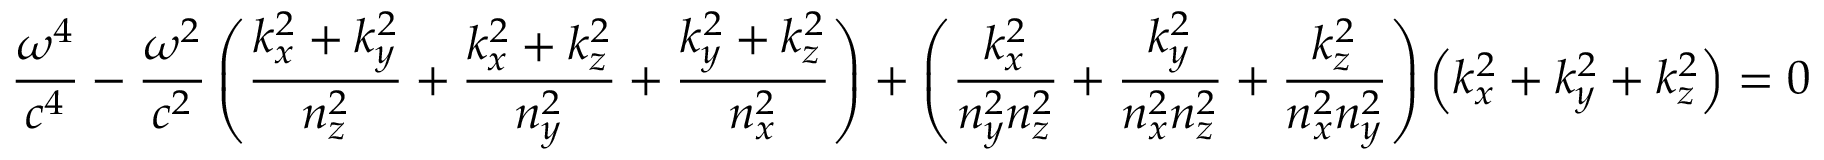
{ \frac { \omega ^ { 4 } } { c ^ { 4 } } } - { \frac { \omega ^ { 2 } } { c ^ { 2 } } } \left( { \frac { k _ { x } ^ { 2 } + k _ { y } ^ { 2 } } { n _ { z } ^ { 2 } } } + { \frac { k _ { x } ^ { 2 } + k _ { z } ^ { 2 } } { n _ { y } ^ { 2 } } } + { \frac { k _ { y } ^ { 2 } + k _ { z } ^ { 2 } } { n _ { x } ^ { 2 } } } \right) + \left( { \frac { k _ { x } ^ { 2 } } { n _ { y } ^ { 2 } n _ { z } ^ { 2 } } } + { \frac { k _ { y } ^ { 2 } } { n _ { x } ^ { 2 } n _ { z } ^ { 2 } } } + { \frac { k _ { z } ^ { 2 } } { n _ { x } ^ { 2 } n _ { y } ^ { 2 } } } \right) \left( k _ { x } ^ { 2 } + k _ { y } ^ { 2 } + k _ { z } ^ { 2 } \right) = 0